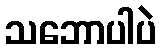
သဘောပါပဲ